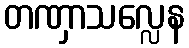
တဏှာသလ္လေန